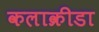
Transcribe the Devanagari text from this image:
कलाक्रीडा